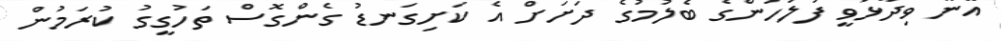
އޭނާ ވިދާޅުވީ ފުލުހުންގެ ބެލުމުގެ ދަށަށް އެ ކަށިގަނޑު ގެންގޮސް ތަހުގީގު ކުރަމުން